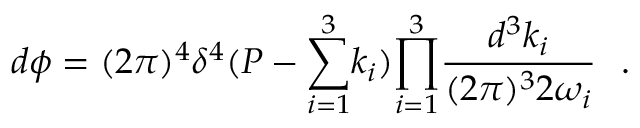
d \phi = ( 2 \pi ) ^ { 4 } \delta ^ { 4 } ( P - { \sum _ { i = 1 } ^ { 3 } } k _ { i } ) { \prod _ { i = 1 } ^ { 3 } } \frac { d ^ { 3 } k _ { i } } { ( 2 \pi ) ^ { 3 } 2 \omega _ { i } } ~ ~ .